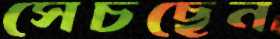
সেচছেন